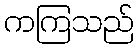
ကကြသည်